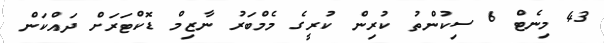
43 މިނެޓް 6 ސިކުންތު ކުރިން ކުރީގެ މެމްބަރު ނާޒިމް ޑޮކްޓަރަށް ދައްކަން